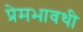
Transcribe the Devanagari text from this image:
प्रेमभावथी